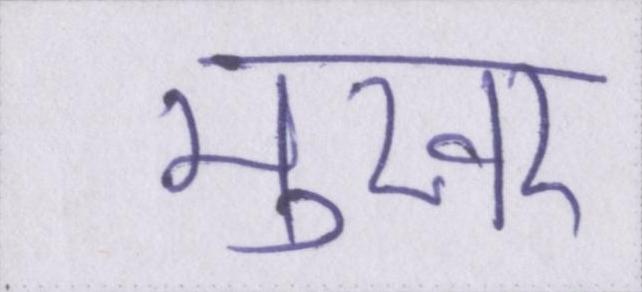
मुखर